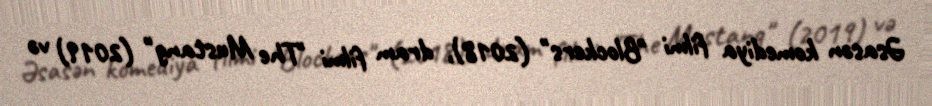
Əsasən komediya filmi "Blockers" (2018), dram filmi "The Mustang" (2019) və